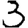
Digit: 3